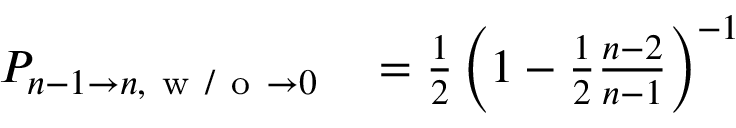
\begin{array} { r l } { P _ { n - 1 \to n , \mathrm { ~ w ~ / ~ o ~ } \to 0 } } & { { } = \frac { 1 } { 2 } \left( 1 - \frac { 1 } { 2 } \frac { n - 2 } { n - 1 } \right) ^ { - 1 } } \end{array}